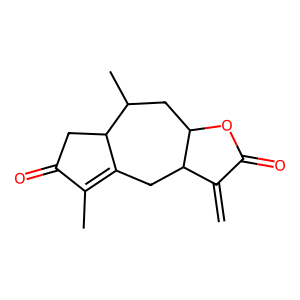
SMILES: C=C1C(=O)OC2CC(C)C3CC(=O)C(C)=C3CC12
Inhibits HIV replication: No